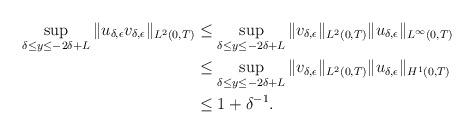
LaTeX: \begin{align*}\sup_{\delta\leq y\leq -2\delta +L}\|u_{\delta,\epsilon}v_{\delta,\epsilon}\|_{L^2(0,T)}&\leq \sup_{\delta\leq y\leq -2\delta +L} \|v_{\delta,\epsilon}\|_{L^2(0,T)}\|u_{\delta,\epsilon}\|_{L^{\infty}(0,T)}\\&\leq \sup_{\delta\leq y\leq -2\delta +L} \|v_{\delta,\epsilon}\|_{L^2(0,T)}\|u_{\delta,\epsilon}\|_{H^1(0,T)}\\&\leq 1+\delta^{-1}.\end{align*}